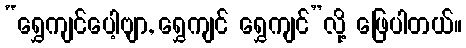
“ရွှေကျင်ပေါ့ဗျာ, ရွှေကျင် ရွှေကျင်”လို့ ဖြေပါတယ်။